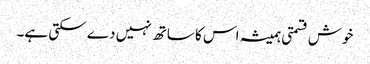
خوش قسمتی ہمیشہ اس کا ساتھ نہیں دے سکتی ہے۔